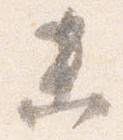
未